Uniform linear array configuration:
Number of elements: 32
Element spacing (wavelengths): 0.5
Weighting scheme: binomial
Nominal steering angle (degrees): -60
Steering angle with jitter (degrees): -59.931
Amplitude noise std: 0.05
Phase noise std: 0.05

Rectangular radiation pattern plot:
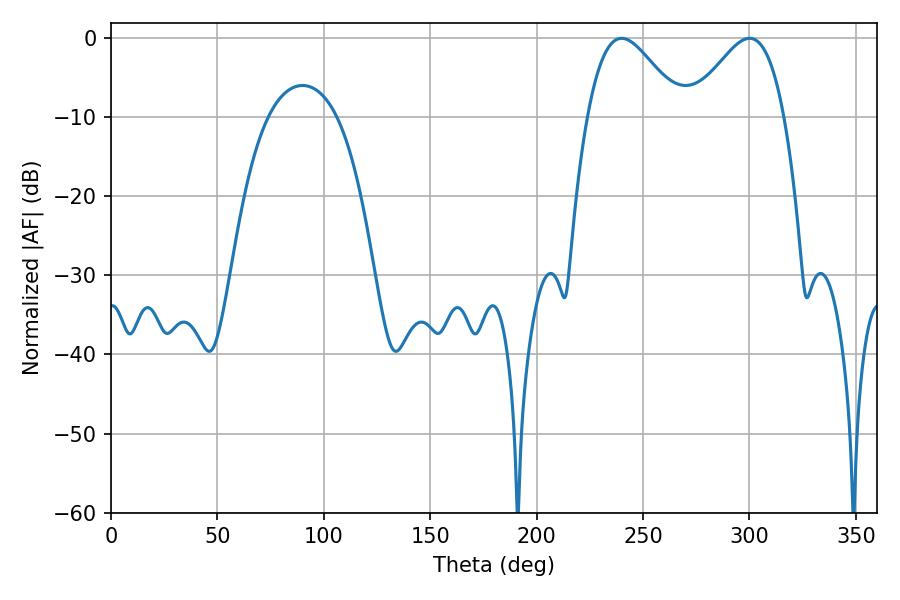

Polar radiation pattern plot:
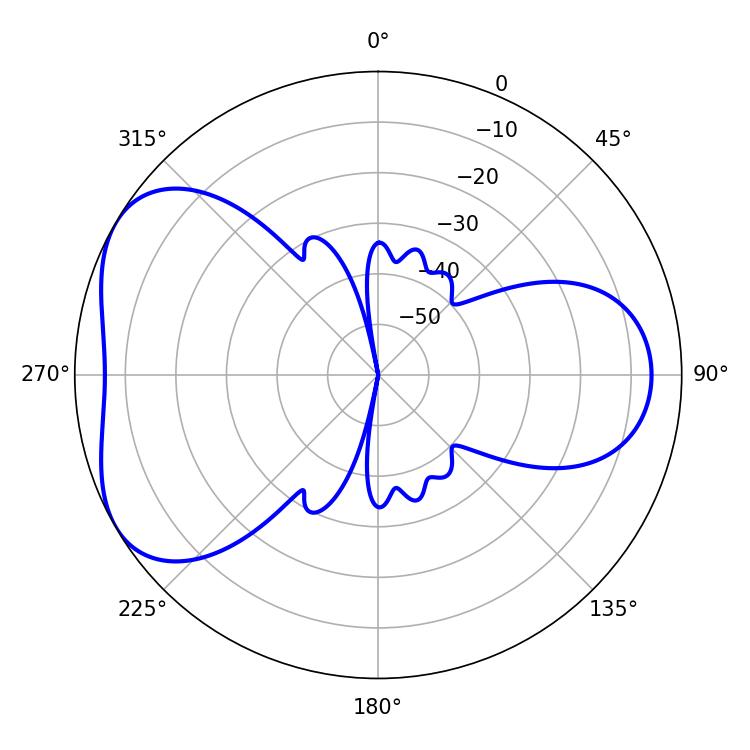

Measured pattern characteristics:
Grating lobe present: FALSE
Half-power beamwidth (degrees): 23.4
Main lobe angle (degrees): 239.94